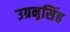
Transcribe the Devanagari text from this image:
उग्रनृसिंह